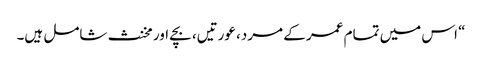
“ اس میں تمام عمر کے مرد، عورتیں، بچے اور مخنث شامل ہیں۔